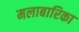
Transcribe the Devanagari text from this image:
मलाबारिका